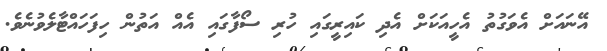
އޭނައަށް އެވަގުތު އެހީއަކަށް އެދި ކައިރީގައި ހުރި ސޯފާގައި އެއް އަތުން ހިފަހައްޓާލެވުނެވެ.